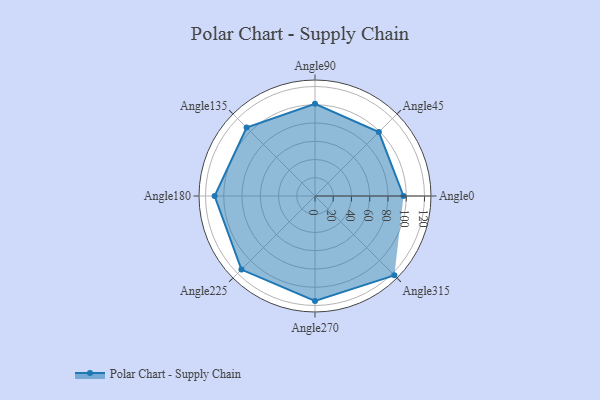
{"axis": {"x": "Angle", "y": "Radius"}, "legend": [""], "data": [{"x": "Angle0", "y": 97.0, "type": ""}, {"x": "Angle45", "y": 99.0, "type": ""}, {"x": "Angle90", "y": 101.0, "type": ""}, {"x": "Angle135", "y": 106.0, "type": ""}, {"x": "Angle180", "y": 110.0, "type": ""}, {"x": "Angle225", "y": 114.0, "type": ""}, {"x": "Angle270", "y": 115.0, "type": ""}, {"x": "Angle315", "y": 123.0, "type": ""}]}